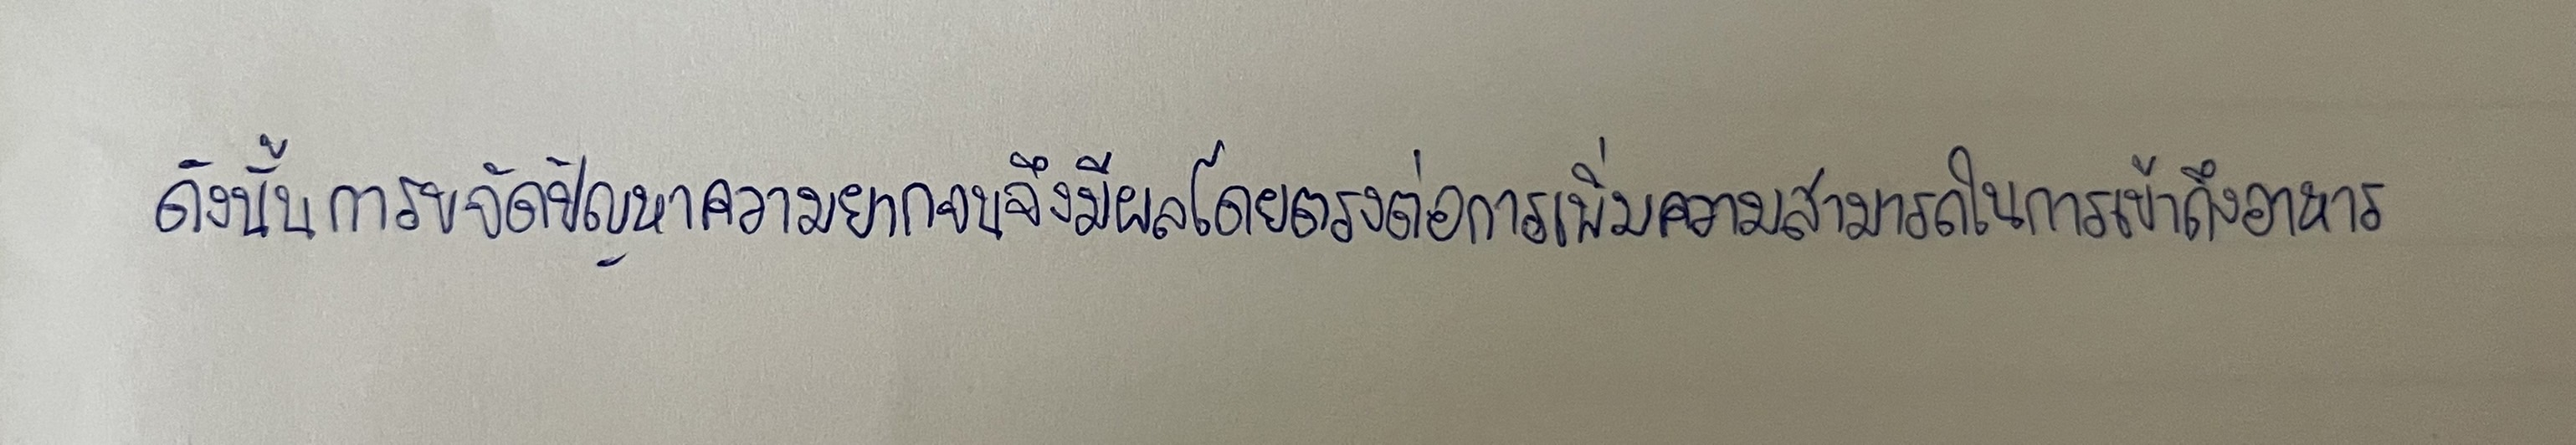
ดังนั้นการขจัดปัญหาความยากจนจึงมีผลโดยตรงต่อการเพิ่มความสามารถในการเข้าถึงอาหาร